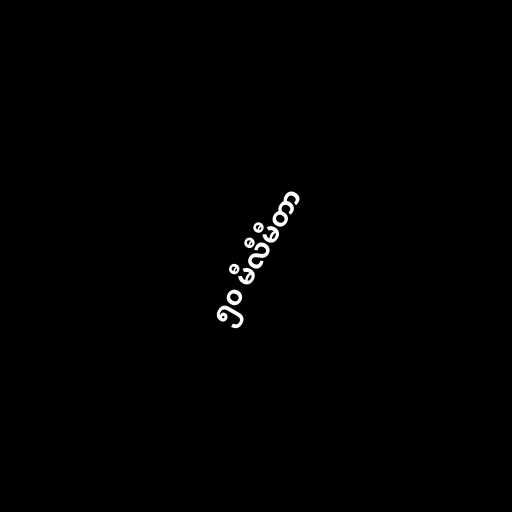
၅၀ မီလီမီတာ